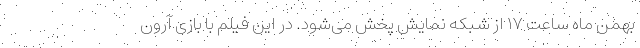
بهمن ماه ساعت ۱۷ از شبکه نمایش پخش می‌شود. در این فیلم با بازی آرون